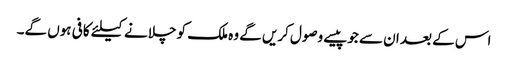
اس کے بعد ان سے جوپیسے وصول کریں گے وہ ملک کو چلانے کیلئے کافی ہوں گے۔